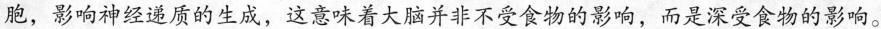
胞，影响神经透质的生成，这意味着大脑并非不受食物的影响，而是深受食物的影响。